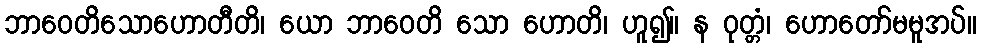
ဘာဝေတိသောဟောတီတိ၊ ယော ဘာဝေတိ သော ဟောတိ၊ ဟူ၍။ န ဝုတ္တံ၊ ဟောတော်မမူအပ်။